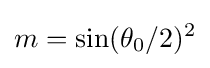
m=\sin(\theta _{0}/2)^{2}